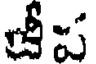
జీప